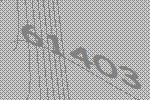
61403